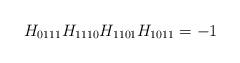
LaTeX: \begin{align*}H_{0111}H_{1110}H_{1101}H_{1011}=-1\end{align*}